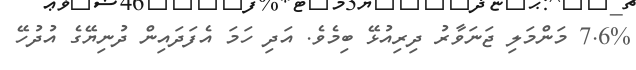
7.6% މަންމަލި ޖަނަވާރު ދިރިއުޅޭ ބިމެވެ. އަދި ހަމަ އެފަދައިން ދުނިޔޭގެ އުދުހޭ